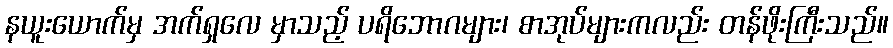
နယူးယောက်မှ အက်ရှလေ မှာသည့် ပရိဘောဂများ၊ စာအုပ်များကလည်း တန်ဖိုးကြီးသည်။